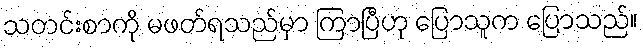
သတင်းစာကို မဖတ်ရသည်မှာ ကြာပြီဟု ပြောသူက ပြောသည်။